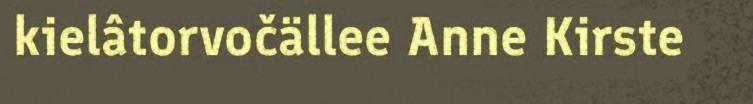
kielâtorvočällee Anne Kirste